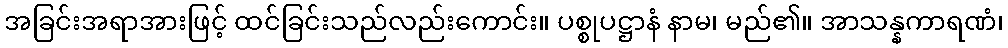
အခြင်းအရာအားဖြင့် ထင်ခြင်းသည်လည်းကောင်း။ ပစ္စုပဋ္ဌာနံ နာမ၊ မည်၏။ အာသန္နကာရဏံ၊